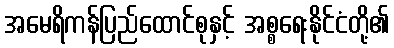
အမေရိကန်ပြည်ထောင်စုနှင့် အစ္စရေးနိုင်ငံတို့၏